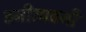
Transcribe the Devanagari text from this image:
वनीउपवनीं